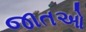
જાતઓ